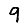
Digit: 9